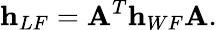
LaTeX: {\mathbf h}_{LF}={\mathbf A}^{T}{\mathbf h}_{WF}{\mathbf A}.